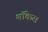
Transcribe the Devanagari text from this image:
शाॅकेस